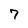
Character: 7